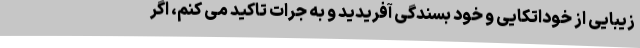
زیبایی از خوداتکایی و خود بسندگی آفریدید و به جرات تاکید می کنم، اگر